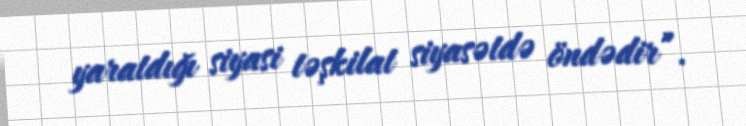
yaratdığı siyasi təşkilat siyasətdə öndədir”.